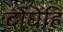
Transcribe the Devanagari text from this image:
दोघेहि